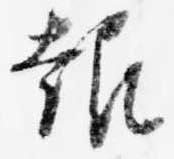
報